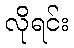
လိုရင်း